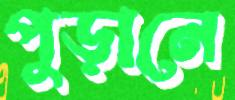
পুড়ানে